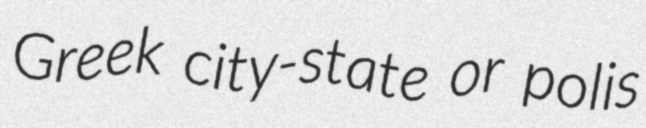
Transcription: Greek city-state or polis